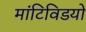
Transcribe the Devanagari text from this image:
मांटिविडयो